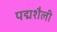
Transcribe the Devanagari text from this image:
पद्मशैली